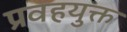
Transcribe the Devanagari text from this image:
प्रवहयुक्त